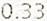
0.33